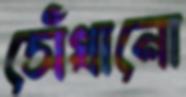
সেঁধানো